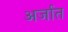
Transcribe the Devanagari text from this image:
अर्जात